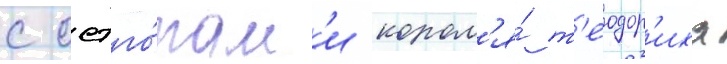
с остго́там'и корол'я́ т'еодор'иха